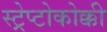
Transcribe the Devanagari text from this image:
स्ट्रेप्टोकोक्की